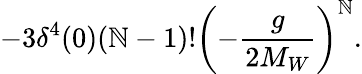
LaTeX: -3\delta^{4}(0)(\mathbb{N}-1)!\left(-\frac{{g}}{{2M_{W}}}\right)^{\mathbb{N}}.